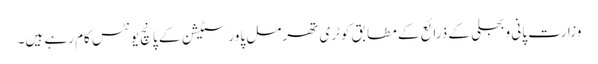
وزارت پانی و بجلی کے ذرائع کے مطابق کوٹری تھرمل پاور سٹیشن کے پانچ یونٹس کام رہے ہیں۔